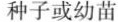
种子或幼苗